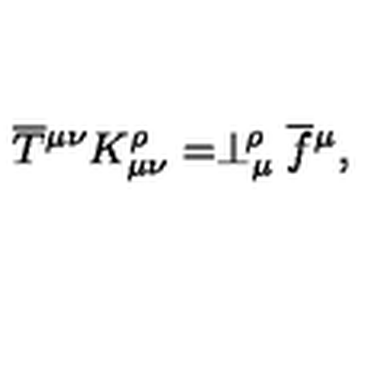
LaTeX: \overline { T } { ^ { \mu \nu } } K _ { \mu \nu } ^ { \rho } = \perp _ { \mu } ^ { \! \rho } \overline { f } { ^ \mu } ,